Insane asylums in Bengal annual reports 1876-1887 - 1876-1887
Year: 1876
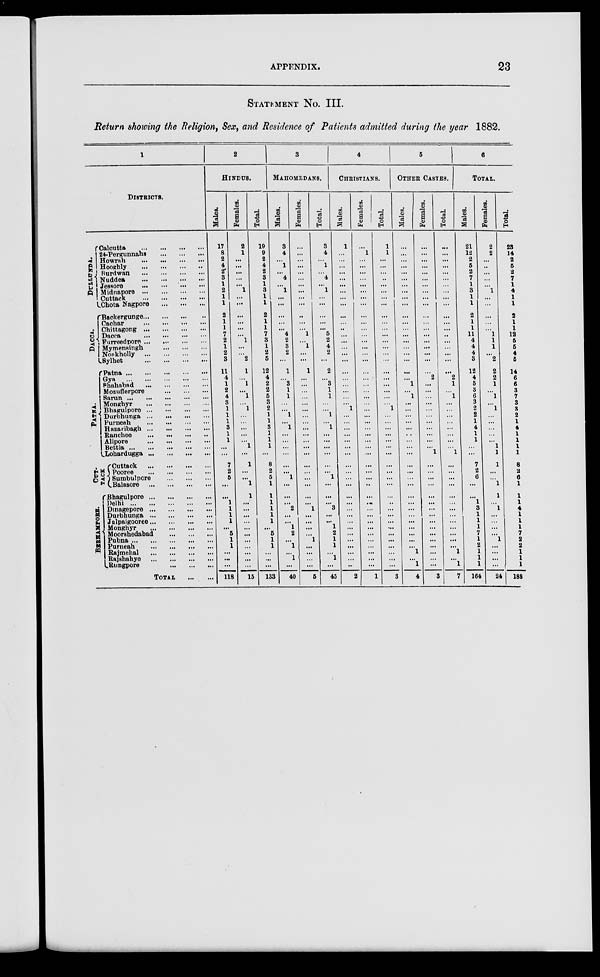
APPENDIX.
23
STATEMENT No. III.
Return showing the Religion, Sex, and Residence of Patients admitted during the year 1882.
1
DISTRICTS.
DULLUNDA.
DACCA.
PATNA.
CUT-
TACK
BERHAMPORE.
Calcutta
...
...
...
...
24-Pergunnahs
...
...
...
Howrah
...
...
...
...
Hooghly
...
...
...
...
Burdwan
...
...
...
...
Nuddea ... ... ... ...
Jessore
...
...
...
...
Midnapore
...
...
...
...
Cuttack
...
...
...
...
Chota Nagpore
...
...
...
Backergunge... ... ... ...
Cachar ... ... ... ...
Chittagong
...
...
...
...
Dacca
...
...
...
...
Furreedpore ... ... ... ...
Mymensingh
...
...
...
Nonkholly
...
...
...
...
Sylhet
...
...
...
...
Patna
...
...
...
...
...
Gya
...
...
...
...
...
Shahabad
...
...
...
...
Mozufferpore
...
...
...
Sarun
...
...
...
...
...
Monghyr
...
...
...
...
Bhagulpore
...
...
...
...
Durbhunga
...
...
...
...
Purneah
...
...
...
...
Hazaribagh
...
...
...
...
Ranchee
...
...
...
...
Alipore
...
...
...
...
Bettia
...
...
...
...
...
Lohardugga
...
...
...
...
Cuttack
...
...
...
...
Pooree
...
...
...
...
Sumbulpore
...
...
...
Balasore
...
...
...
...
Bhagulpore
...
...
...
...
Delhi
...
...
...
...
...
Dinagepore
...
...
...
...
Durbhunga
...
...
...
...
Jalpaigooree ... ... ... ...
Monghyr
...
...
...
...
Moorshedabad
...
...
...
Pubna
...
...
...
...
...
Purneah
...
...
...
...
Rajmehal
...
...
...
...
Rajshahye
...
...
...
...
Rungpore
...
...
...
...
TOTAL
...
...
2
HINDUS.
Males.
17
8
2
4
2
3
1
2
1
1
2
1
1
7
2
1
2
3
11
4
1
2
4
3
1
1
1
3
1
1
... ...
7
2
5
...
...
1
1
1
1
...
5
1
1
...
...
...
118
Females.
2
1
...
...
...
...
...
1
...
...
...
...
...
...
1
...
...
2
1
...
1
...
1
...
1
...
...
...
...
...
1
...
1
...
...
1
1
...
...
...
... ...
...
...
...
...
...
...
15
Total.
19
9
2
4
2
3
1
3
1
1
2
1
1
7
3
1
2
5
12
4
2
2
5
3
2
1
1
3
1
1
1
...
8
2
5
1
1
1
1
1
1
1 5
1
1
... ...
...
133
3
MAHOMEDANS.
Males.
3
4
...
1
...
4
...
1
...
...
...
...
...
4
2
3
2
...
1
...
3
1
1
...
...
1
...
1
...
...
...
...
...
...
1
...
...
...
2
...
...
1
2
...
1
...
1
...
40
Females.
...
...
...
...
...
...
...
...
... ...
...
...
...
1
...
1
...
...
1
...
...
...
...
...
...
...
...
...
...
...
...
...
...
...
...
...
...
...
1
...
...
...
...
1
...
...
...
...
5
Total.
3
4
...
1
...
4
...
1
...
...
...
...
...
5
2
4
2
...
2
...
3
1
1
...
...
1
...
1
...
...
...
...
...
...
1
...
...
...
3
...
...
1
2
1
1
...
1
...
45
4
CHRISTIANS.
Males.
1
...
...
...
...
...
...
...
...
...
...
...
...
...
...
...
...
...
...
...
...
...
...
...
1
...
...
...
...
...
...
...
...
...
...
...
...
...
...
...
...
...
...
...
...
...
...
...
2
Females.
...
1
...
...
...
...
...
...
...
...
...
...
...
...
...
...
...
...
...
...
...
...
...
...
...
...
...
...
...
...
...
...
...
...
...
...
...
...
...
...
...
...
...
...
...
...
...
...
1
Total.
1
1
...
...
...
...
...
...
...
...
...
...
...
...
...
...
...
...
...
...
...
...
...
...
1
...
...
...
...
...
...
...
...
...
...
...
...
...
...
...
...
...
...
...
...
...
...
...
3
5
OTHER CASTES.
Males.
...
...
...
...
...
...
...
...
...
...
...
...
...
...
...
...
...
...
...
...
1
...
1
...
...
...
...
...
...
...
...
...
...
...
...
...
...
...
...
...
...
...
...
...
...
1
...
1
4
Females.
...
...
...
...
...
...
...
...
...
...
...
...
...
...
...
...
...
...
...
2
...
...
...
...
...
...
...
...
...
...
... 1
...
...
...
...
...
...
...
...
...
...
...
...
...
...
...
...
3
Total.
...
...
...
...
...
...
...
...
...
...
...
...
...
..
...
...
...
...
...
2
1
...
1
...
...
...
...
...
...
...
... 1
...
...
...
...
...
...
...
...
...
...
...
...
...
1
...
1
7
6
TOTAL.
Males.
21
12
2
5
2
7
1
3
1
1
2
1
1
11
4
4
4
3
12
4
5
3
6
3
2
2
1
4
1
1
...
...
7
2
6
...
...
1
3
1
1
1
7
1
2
1
1
1
164
Females.
2
2
...
...
...
...
...
1
...
...
...
...
...
1
1
1
...
2
2
2
1
...
1
...
1
...
...
...
...
... 1
1
1
...
...
1
1
...
1
...
...
...
...
1
...
...
...
...
24
Total.
23
14
2
5
2
7
1
4
1
1
2
1
1
12
5
5
4
5
14
6
6
3
7
3
3
2
1
4
1
1
1
1
8
2
6
1
1
1
4
1
1
1
7
2
2
1
1
1
188